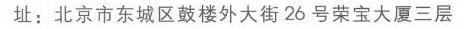
址：北京市东城区鼓楼外大街 26 号荣宝大厦三层